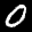
Label: 0